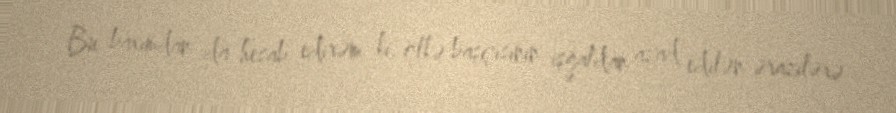
Bu baxımdan da hesab edirəm ki, ölkə başçısının işğaldan azad edilən ərazilərə